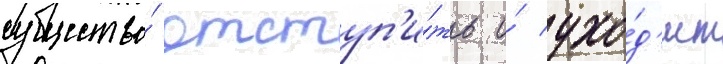
существо́ отступ'и́ть и́ ухо́д'ит